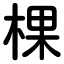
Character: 棵